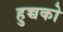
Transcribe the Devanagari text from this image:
हुच्चको